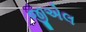
જીએલ